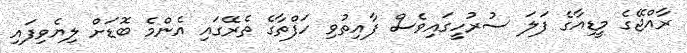
ރާއްޖޭގެ މީޑިއާގެ ފަލަ ސުރުހީގައިވެސް ފާއިތުވި ހަފްތާގެ ތެރޭގައި އެންމެ ބޮޑަށް ލިޔެވިފައި